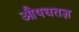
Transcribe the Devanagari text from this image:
औषधतज्ञ